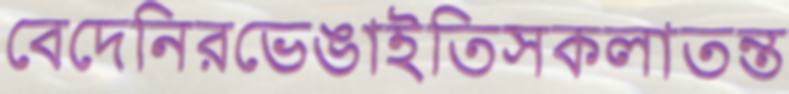
বেদেনিরভেঙাইতিসকলাতন্ত